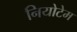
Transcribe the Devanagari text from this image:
नियोटेम